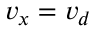
v _ { x } = v _ { d }